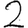
Digit: 2